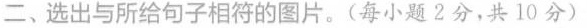
二、选出与所给句子相符的图片.(每小题2分,共10分)